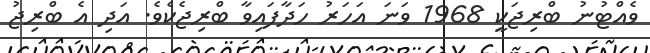
ވެއްޓުނު ބްރިޖަކީ 1968 ވަނަ އަހަރު ހަދާފައިވާ ބްރިޖެކެވެ. އަދި އެ ބްރިޖު